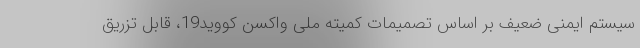
سیستم ایمنی ضعیف بر اساس تصمیمات کمیته ملی واکسن کووید19، قابل تزریق